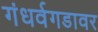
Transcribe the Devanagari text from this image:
गंधर्वगडावर